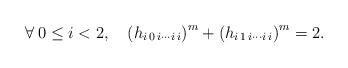
LaTeX: \begin{align*}\forall\:0\le i<2,\quad\left(h_{i\,0\,i\cdots i\,i}\right)^{m}+\left(h_{i\,1\,i\cdots i\,i}\right)^{m}=2.\end{align*}